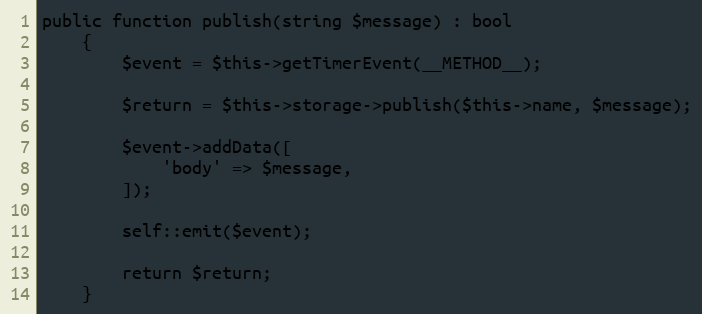
Language: PHP
public function publish(string $message) : bool
    {
        $event = $this->getTimerEvent(__METHOD__);

        $return = $this->storage->publish($this->name, $message);

        $event->addData([
            'body' => $message,
        ]);

        self::emit($event);

        return $return;
    }